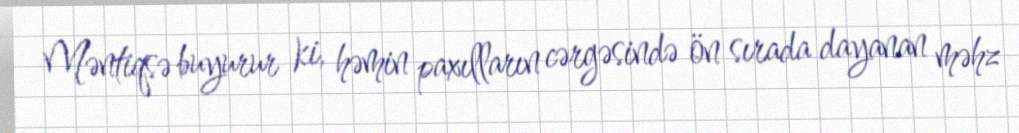
Məntiqsə buyurur ki, həmin paxılların cərgəsində ön sırada dayanan məhz